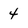
Character: 4